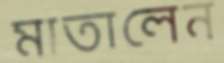
মাতালেন